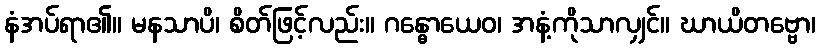
နံအပ်ရာ၏။ မနသာပိ၊ စိတ်ဖြင့်လည်း။ ဂန္ဓောယေဝ၊ အနံ့ကိုသာလျှင်။ ဃာယိတဗ္ဗော၊